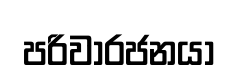
පරිවාරජනයා